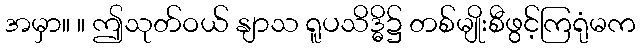
အမှာ။ ။ ဤသုတ်ဝယ် နျာသ ရူပသိဒ္ဓိ၌ တစ်မျိုးစီဖွင့်ကြရုံမက